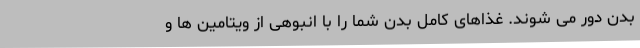
بدن دور می شوند. غذاهای کامل بدن شما را با انبوهی از ویتامین ها و